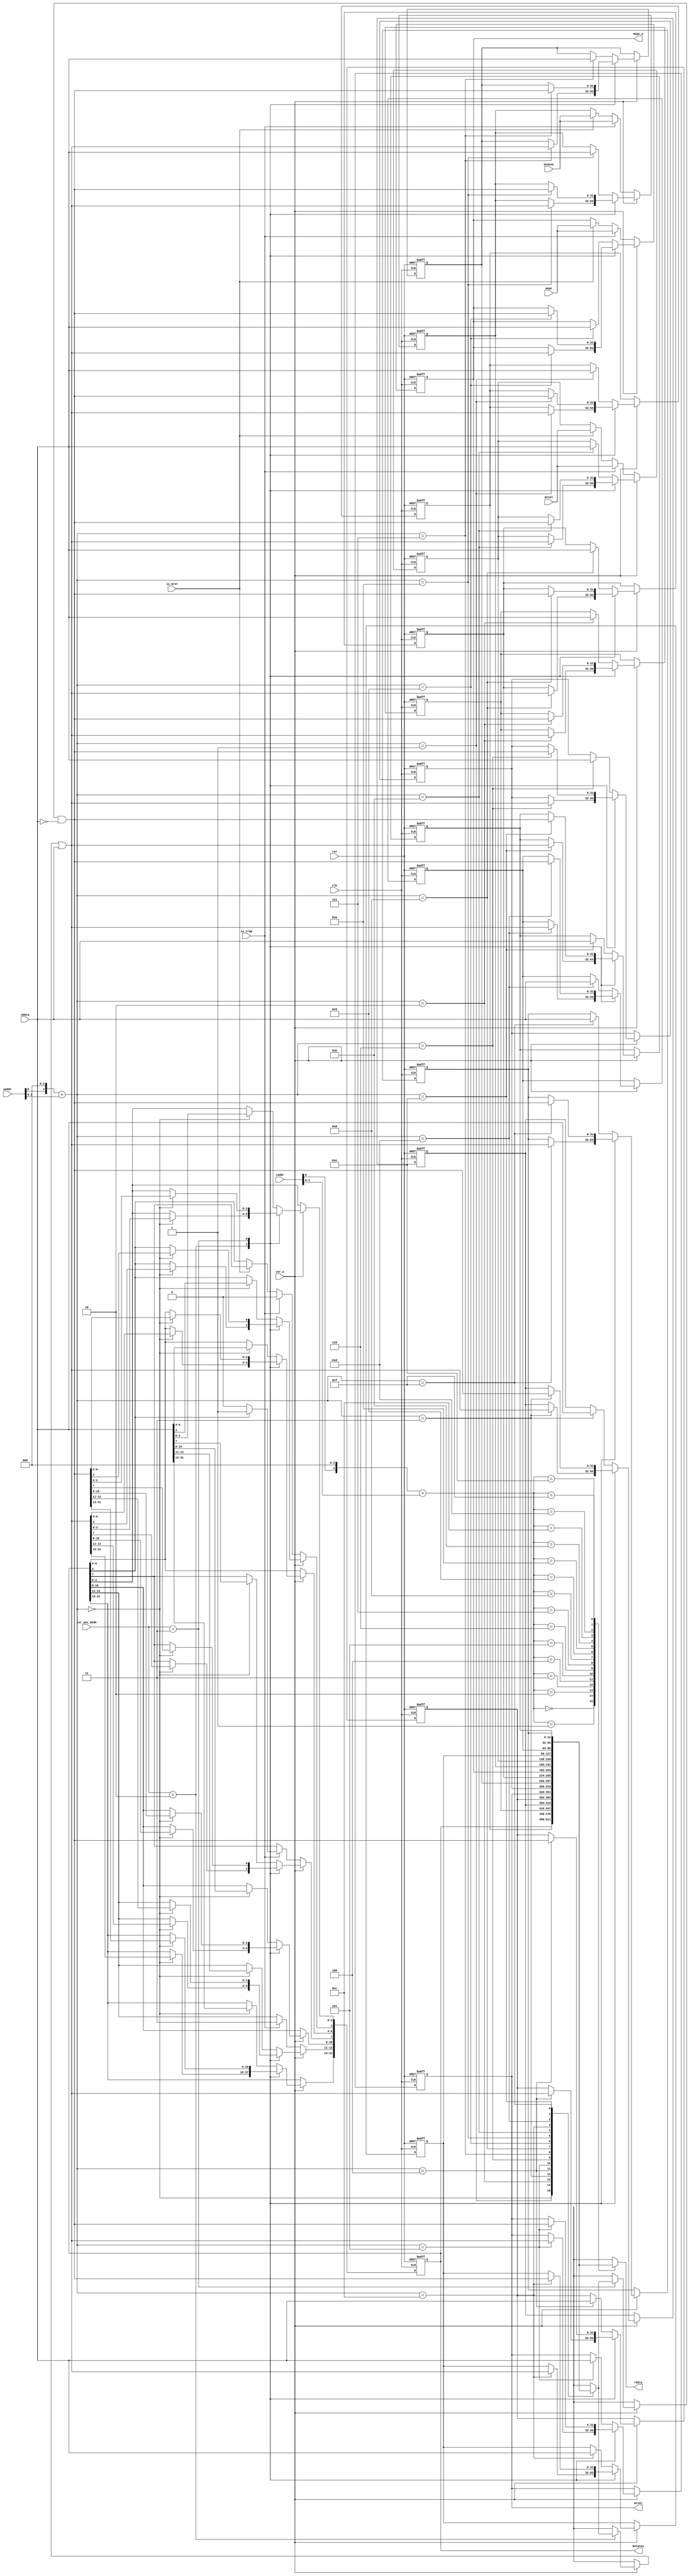
`timescale 1ns / 1ps

module CSRRegs(
         input clk, rst,
         input[11:0] raddr, waddr,
         input[31:0] wdata,
         input csr_w,
         input[1:0] csr_wsc_mode,
         output[31:0] rdata,
         output[31:0] mstatus,

         input is_trap,
         input is_mret,
         input[31:0] mepc,
         input[31:0] mcause,
         input[31:0] mtval,
         output[31:0] mtvec,
         output[31:0] mepc_o
       );

reg[31:0] CSR [0:15];

// mstatus(0x300), mtvec(0x305), mepc(0x341), mcause(0x342), mtval(0x343)
// Address mapping. The address is 12 bits, but only 4 bits are used in this module.
wire raddr_valid = raddr[11:7] == 5'h6 && raddr[5:3] == 3'h0;
wire[3:0] raddr_map = (raddr[6] << 3) + raddr[2:0];
wire waddr_valid = waddr[11:7] == 5'h6 && waddr[5:3] == 3'h0;
wire[3:0] waddr_map = (waddr[6] << 3) + waddr[2:0];

assign mstatus = CSR[0];

assign rdata = CSR[raddr_map];

assign mtvec = CSR[5];
assign mepc_o = CSR[9];

always@(posedge clk or posedge rst)
  begin
    if(rst)
      begin
        CSR[0] <= 32'h88;
        CSR[1] <= 0;
        CSR[2] <= 0;
        CSR[3] <= 0;
        CSR[4] <= 32'hfff;
        CSR[5] <= 0;
        CSR[6] <= 0;
        CSR[7] <= 0;
        CSR[8] <= 0;
        CSR[9] <= 0;
        CSR[10] <= 0;
        CSR[11] <= 0;
        CSR[12] <= 0;
        CSR[13] <= 0;
        CSR[14] <= 0;
        CSR[15] <= 0;
      end
    else if (csr_w)
      begin
        case(csr_wsc_mode)
          2'b01:
            CSR[waddr_map] <= wdata;
          2'b10:
            CSR[waddr_map] <= CSR[waddr_map] | wdata;
          2'b11:
            CSR[waddr_map] <= CSR[waddr_map] & ~wdata;
          default:
            CSR[waddr_map] <= wdata;
        endcase
        // CSR[9] <= 0;
        // CSR[10] <= 0;
        // CSR[11] <= 0;
      end
    else if (is_trap)
      begin
        CSR[9] <= mepc;
        CSR[10] <= mcause;
        CSR[11] <= mtval;
        if (CSR[0][3])  // MIE
          begin
            CSR[0][7] <= 1'b1;
            CSR[0][3] <= 1'b0;
          end
        else
          begin
            CSR[0][7] <= 1'b0;
            CSR[0][3] <= 1'b0;
          end
        CSR[0][12:11] <= 2'b11;  // MPP
      end
    else if (is_mret)
      begin
        CSR[9] <= mepc;
        CSR[10] <= mcause;
        CSR[11] <= mtval;
        CSR[0][3] <= CSR[0][7];
      end
  end
endmodule